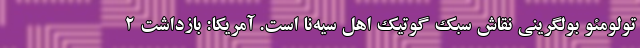
تولومئو بولگرینی نقاش سبک گوتیک اهل سیه‌نا است. آمریکا: بازداشت 2